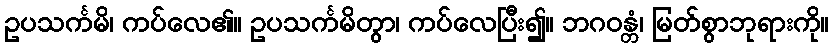
ဥပသင်္ကမိ၊ ကပ်လေ၏။ ဥပသင်္ကမိတွာ၊ ကပ်လေပြီး၍။ ဘဂဝန္တံ၊ မြတ်စွာဘုရားကို။